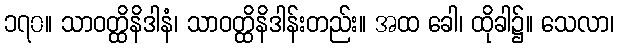
၁၇၀။ သာဝတ္ထိနိဒါနံ၊ သာဝတ္ထိနိဒါန်းတည်း။ အထ ခေါ၊ ထိုခါ၌။ သေလာ၊